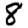
Digit: 8